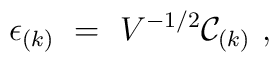
\epsilon_{(k)} ~=~ V^{-1/2}{\cal C}_{(k)}  \ ,